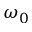
\omega _ { 0 }